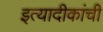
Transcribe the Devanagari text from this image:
इत्यादीकांची